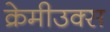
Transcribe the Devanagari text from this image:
क्रेमीउक्स